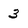
Character: 3